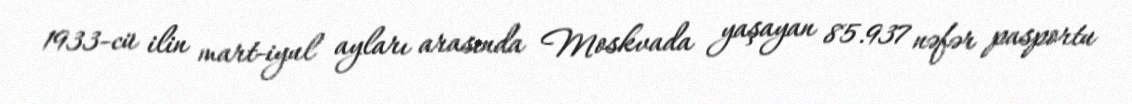
1933-cü ilin mart-iyul ayları arasında Moskvada yaşayan 85.937 nəfər pasportu